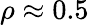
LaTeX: \rho\approx 0.5